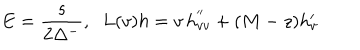
E = { \frac { s } { 2 \Delta ^ { - } } } , \; \; L ( v ) h = v \, h _ { v v } ^ { ' ^ { \prime } } + ( M - z ) h _ { v } ^ { \prime }